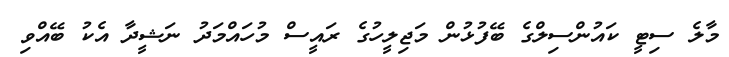
މާލެ ސިޓީ ކައުންސިލްގެ ބޭފުޅުން މަޖިލީހުގެ ރައީސް މުހައްމަދު ނަޝީދާ އެކު ބޭއްވި